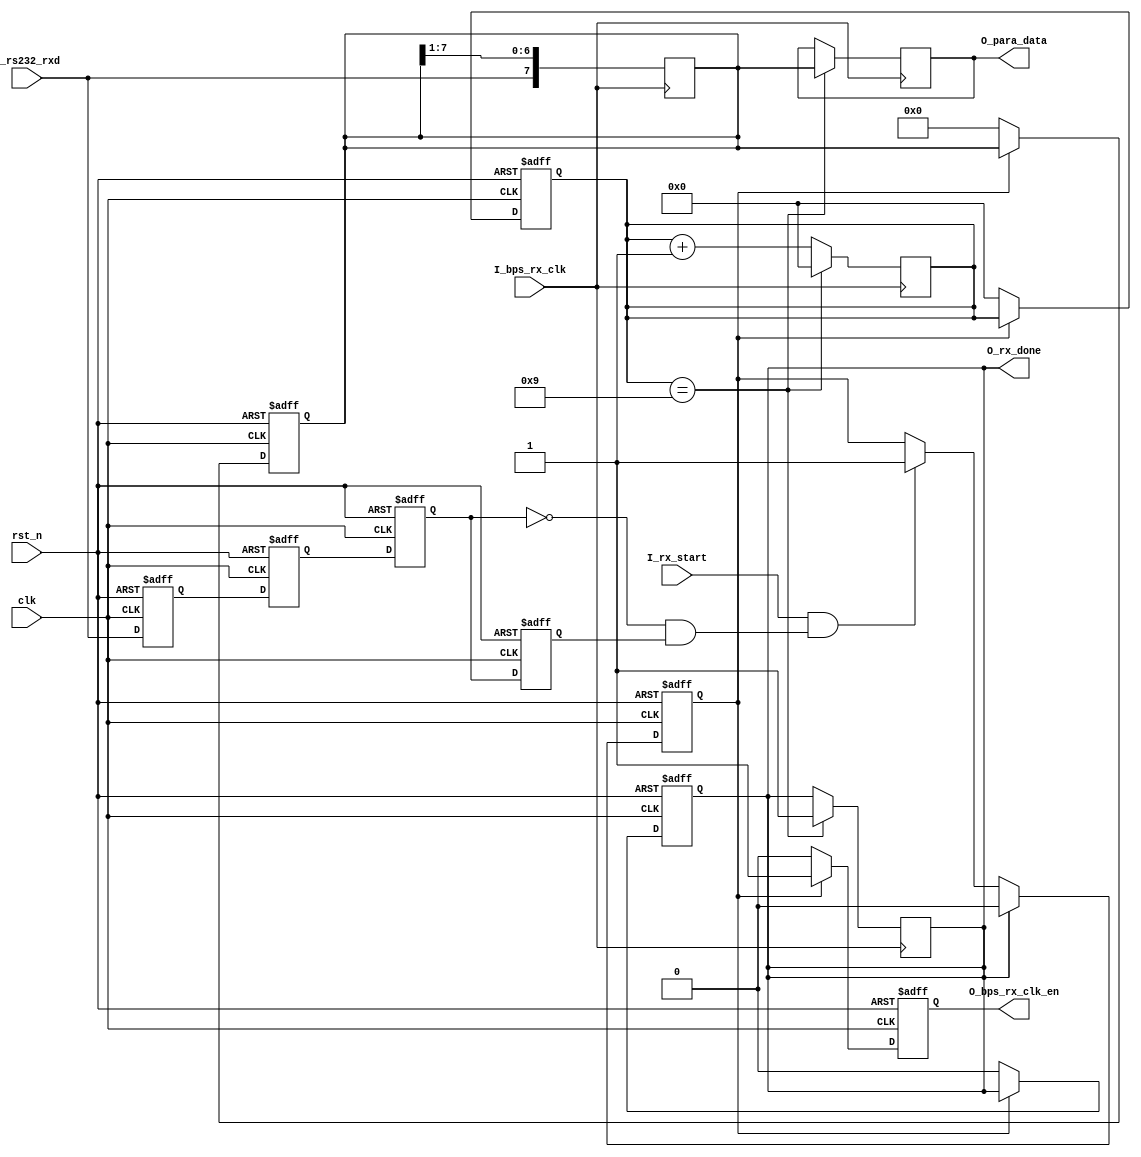
module uart_rxd
(
    input                       clk               , // 50MHz
    input                       rst_n             , // 
    input                       I_rx_start          , // 
    input                       I_bps_rx_clk        , // 
    input                       I_rs232_rxd         , //   
    output    reg               O_bps_rx_clk_en     , // 
    output    reg               O_rx_done           , // 
    output    reg   [7:0]       O_para_data           // 8-bit
);

reg         R_rs232_rx_reg0 ;
reg         R_rs232_rx_reg1 ;
reg         R_rs232_rx_reg2 ;
reg         R_rs232_rx_reg3 ;

reg         R_receiving     ;

reg [3:0]   R_state         ;
reg [7:0]   R_para_data_reg ;

wire        W_rs232_rxd_neg ;

////////////////////////////////////////////////////////////////////////////////
//  I_rs232_rxd 
//           I_rs232_rxd 
////////////////////////////////////////////////////////////////////////////////
always @(posedge clk or negedge rst_n)
begin
    if(!rst_n)
        begin
            R_rs232_rx_reg0 <= 1'b0 ;
            R_rs232_rx_reg1 <= 1'b0 ;
            R_rs232_rx_reg2 <= 1'b0 ;
            R_rs232_rx_reg3 <= 1'b0 ;
        end 
    else
        begin  
            R_rs232_rx_reg0 <= I_rs232_rxd      ;
            R_rs232_rx_reg1 <= R_rs232_rx_reg0  ; 
            R_rs232_rx_reg2 <= R_rs232_rx_reg1  ; 
            R_rs232_rx_reg3 <= R_rs232_rx_reg2  ; 
        end   
end
// I_rs232_rxd
assign W_rs232_rxd_neg    =    (~R_rs232_rx_reg2) & R_rs232_rx_reg3 ;

////////////////////////////////////////////////////////////////////////////////
// R_receiving
////////////////////////////////////////////////////////////////////////////////
always @(posedge clk or negedge rst_n)
begin
    if(!rst_n)
        R_receiving <= 1'b0 ;
    else if(O_rx_done)
        R_receiving <= 1'b0 ;
    else if(I_rx_start && W_rs232_rxd_neg)
        R_receiving <= 1'b1 ;          
end

////////////////////////////////////////////////////////////////////////////////
// 
////////////////////////////////////////////////////////////////////////////////
always @(posedge clk or negedge rst_n)
begin
    if(!rst_n)
        begin
            O_rx_done       <= 1'b0 ; 
            R_state         <= 4'd0 ;
            R_para_data_reg <= 8'd0 ;
            O_bps_rx_clk_en <= 1'b0 ;
        end 
    else if(R_receiving)
        begin
            O_bps_rx_clk_en <= 1'b1 ; // 
        end
    else
        begin
            O_rx_done           <= 1'b0 ;
            R_state             <= 4'd0 ;
            R_para_data_reg     <= 8'd0 ;
            O_bps_rx_clk_en     <= 1'b0 ; // 
        end          
end

always @(posedge I_bps_rx_clk)begin
    R_para_data_reg <= {I_rs232_rxd,R_para_data_reg[7:1]};
    R_state  <= R_state+1;
    if(R_state == 9)begin
        O_para_data  <=  R_para_data_reg;
        O_rx_done <= 1;
        R_state  <= 0;
    end
end


endmodule